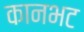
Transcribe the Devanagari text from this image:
कानभट